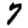
Digit: 7